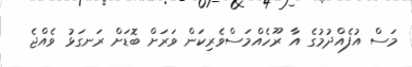
މަސް އުފެއްދުމުގެ އާ ރޫހެއްމަސްވެރިކަން ވަރަށް ބޮޑަށް ރަނގަޅު ވެއްޖެ